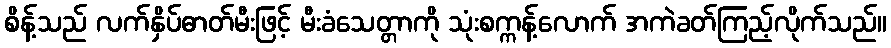
စိန့်သည် လက်နှိပ်ဓာတ်မီးဖြင့် မီးခံသေတ္တာကို သုံးစက္ကန့်လောက် အကဲခတ်ကြည့်လိုက်သည်။